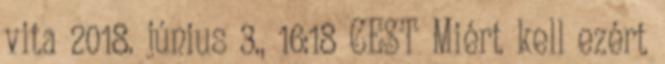
vita 2018. június 3., 16:18 CEST Miért kell ezért